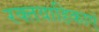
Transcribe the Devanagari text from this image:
रक्तवाहिकाएं